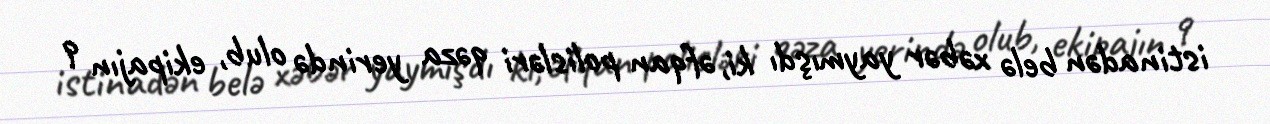
istinadən belə xəbər yaymışdı ki, əfqan polisləri qəza yerində olub, ekipajın 9